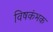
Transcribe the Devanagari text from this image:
विषकंभक